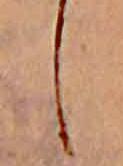
し